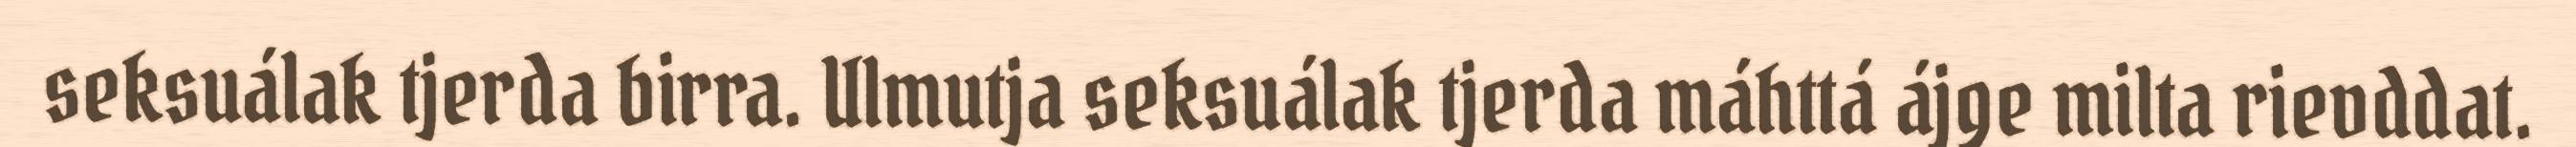
seksuálak tjerda birra. Ulmutja seksuálak tjerda máhttá ájge milta rievddat.